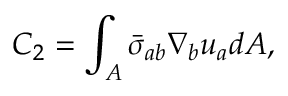
C _ { 2 } = \int _ { A } \bar { \sigma } _ { a b } \nabla _ { b } u _ { a } d A ,